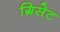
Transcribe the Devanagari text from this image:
ग्रिसेट